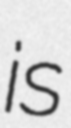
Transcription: is